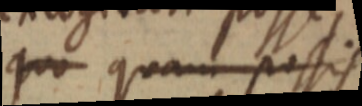
quo quam possis